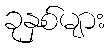
ခုနှစ်များ